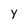
Character: Y